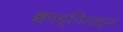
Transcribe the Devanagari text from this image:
क्वाइनिडाइन